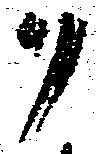
ソ